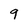
Character: 9